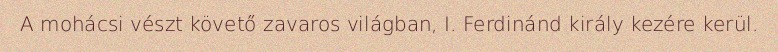
A mohácsi vészt követő zavaros világban, I. Ferdinánd király kezére kerül.